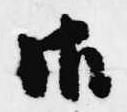
御